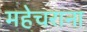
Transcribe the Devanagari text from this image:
महेचराना